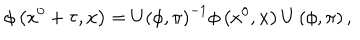
LaTeX: \phi \left( x ^ { 0 } + \tau , { \bf x } \right) = U \left( \phi , \pi \right) ^ { - 1 } \phi \left( x ^ { 0 } , { \bf x } \right) U \left( \phi , \pi \right) ,